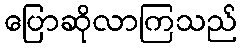
ပြောဆိုလာကြသည်